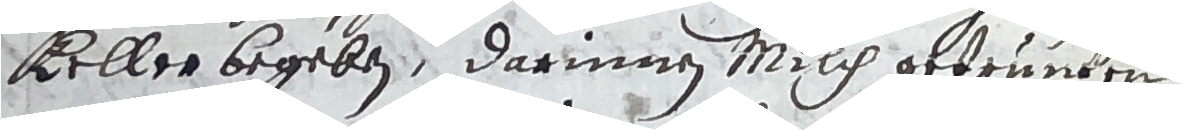
Keller begeben, darinnen milch getrunden